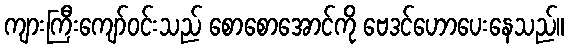
ကျားကြီးကျော်ဝင်းသည် စောစောအောင်ကို ဗေဒင်ဟောပေးနေသည်။